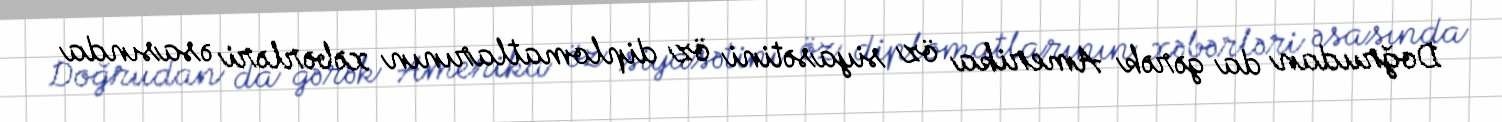
Doğrudan da gərək Amerika öz siyasətini öz diplomatlarının xəbərləri əsasında